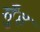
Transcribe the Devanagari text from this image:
मुँंह